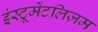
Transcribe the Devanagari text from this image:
इंस्ट्रूमेंटलिज़म